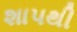
શાપથી